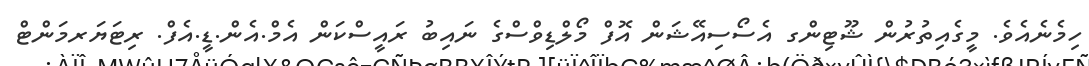
ހިމެނެއެވެ. މީގެއިތުރުން ޝޫޓިންގ އެސޯސިއޭޝަން އޮފް މޯލްޑިވްސްގެ ނައިބު ރައީސްކަން އެމް.އެން.ޑީ.އެފް. ރިޓަޔަރމަންޓް